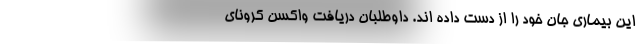
این بیماری جان خود را از دست داده اند. داوطلبان دریافت واکسن کرونای